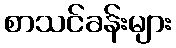
စာသင်ခန်းများ